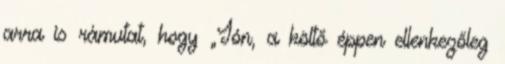
arra is rámutat, hogy „Ión, a költő éppen ellenkezőleg